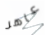
عاهر